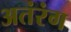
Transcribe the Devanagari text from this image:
अतंरंग